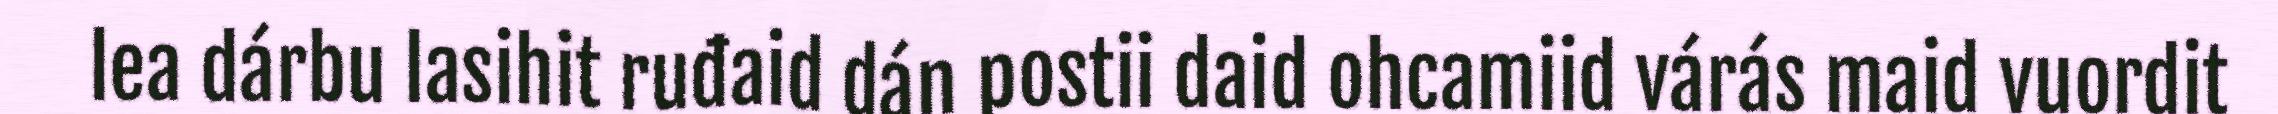
lea dárbu lasihit ruđaid dán postii daid ohcamiid várás maid vuordit